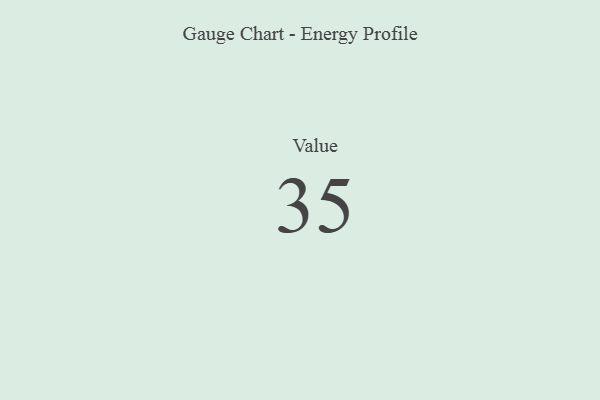
{"axis": {"x": "Metric", "y": "Value"}, "legend": [""], "data": [{"x": "Value", "y": 35, "type": ""}]}